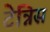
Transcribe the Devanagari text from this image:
टेन्निस